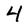
Character: 4